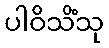
ပါဝိသိံသု